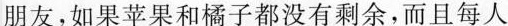
朋友，如果苹果和橘子都没有剩余，而且每人